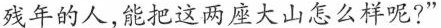
残年的人，能把这两座大山怎么样呢?”